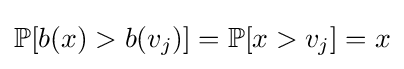
\mathbb {P} [b(x)>b(v_{j})]=\mathbb {P} [x>v_{j}]=x